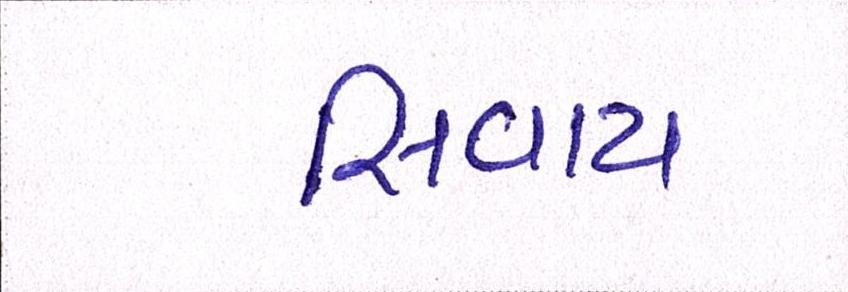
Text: સિવાય